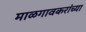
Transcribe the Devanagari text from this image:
माळगावकरांच्या